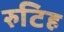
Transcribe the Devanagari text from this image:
रुटिह